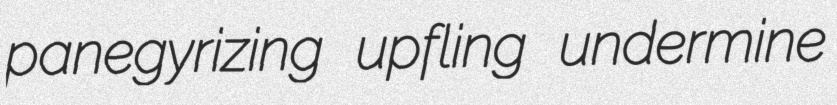
panegyrizing upfling undermine